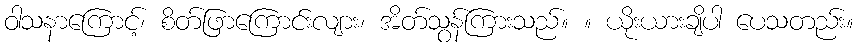
ဝါသနာကြောင့်၊ စိတ်ဖြာကြောင်းလျား၊ အိတ်သွန်ကြားသည်။ ။ ယိုးယားချိပါ ပေသတည်း။